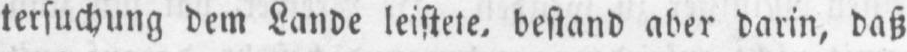
tersuchung dem Lande leistete, bestand aber darin, daß